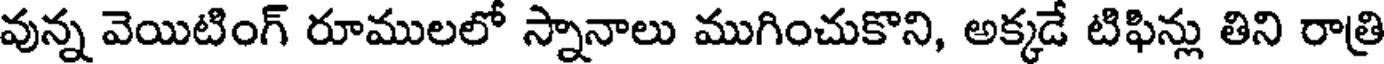
వున్న వెయిటింగ్ రూములలో స్నానాలు ముగించుకొని, అక్కడే టిఫిన్లు తిని రాత్రి